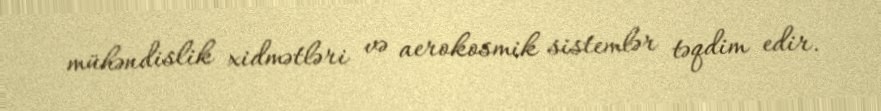
mühəndislik xidmətləri və aerokosmik sistemlər təqdim edir.